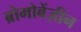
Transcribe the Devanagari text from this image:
ब्रोमोबेंज़ीन